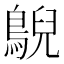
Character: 鶃